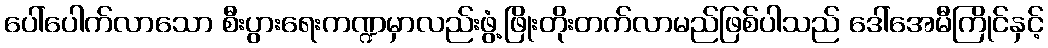
ပေါ်ပေါက်လာသော စီးပွားရေးကဏ္ဍမှာလည်းဖွံ့ဖြိုးတိုးတက်လာမည်ဖြစ်ပါသည် ဒေါ်အေမီကြိုင်နှင့်